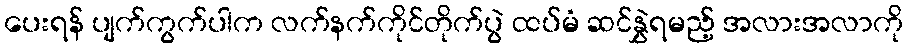
ပေးရန် ပျက်ကွက်ပါက လက်နက်ကိုင်တိုက်ပွဲ ထပ်မံ ဆင်နွှဲရမည့် အလားအလာကို